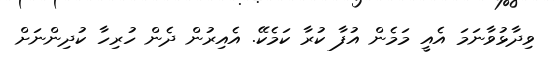
ވިދާޅުވާނަމަ އެއީ މަމެން އުފާ ކުރާ ކަމެކޭ. އެއިރުން ދެން ހުރިހާ ކުދިންނަށް